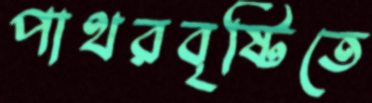
পাথরবৃষ্টিতে